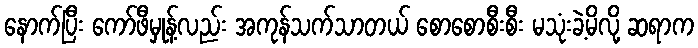
နောက်ပြီး ကော်ဖီမှုန့်လည်း အကုန်သက်သာတယ် စောစောစီးစီး မသုံးခဲ့မိလို့ ဆရာက